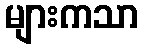
များကသာ